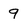
Character: 9